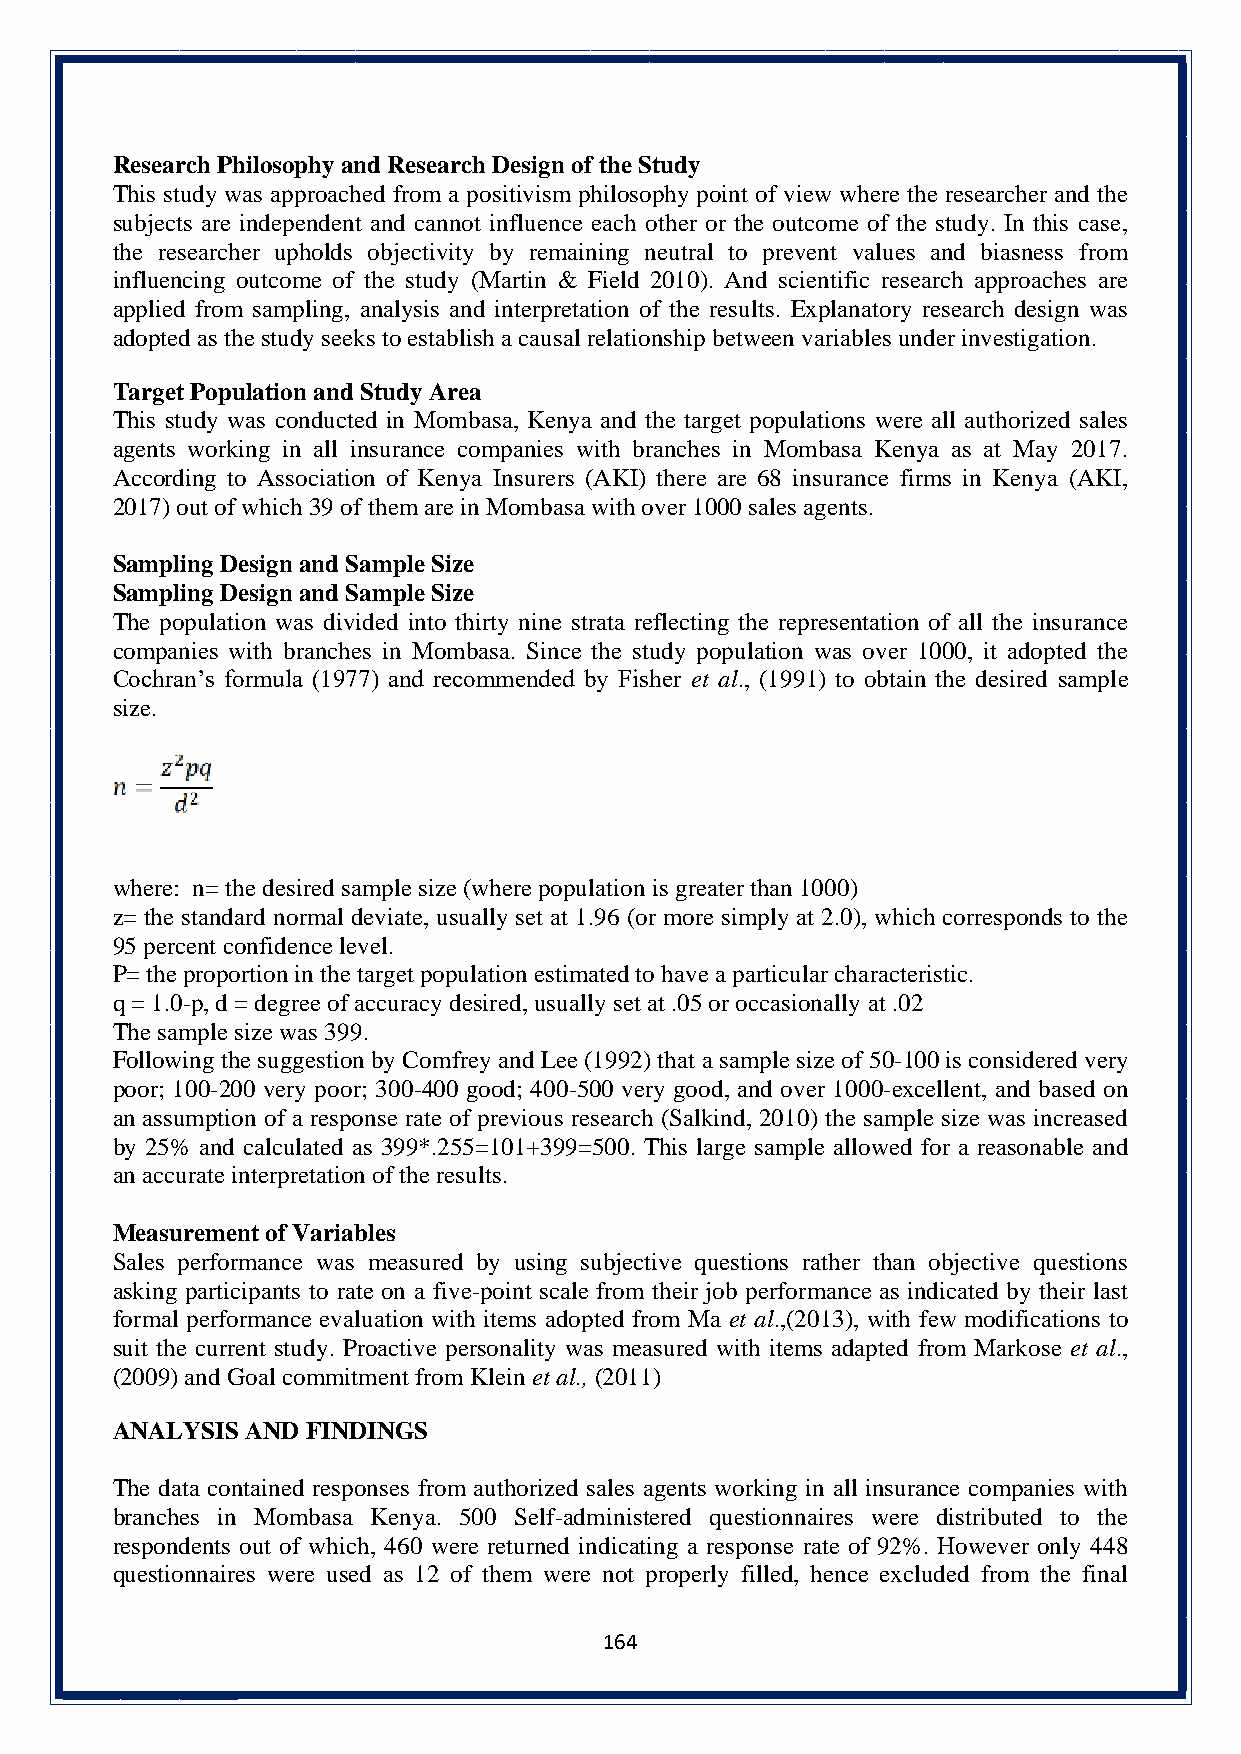
Research Philosophy and Research Design of the Study
 This study was approached from a positivism philosophy point of view where the researcher and the
 subjects are independent and cannot influence each other or the outcome of the study. In this case,
 the researcher upholds objectivity by remaining neutral to prevent values and biasness from
 influencing outcome of the study (Martin & Field 2010). And scientific research approaches are
 applied from sampling, analysis and interpretation of the results. Explanatory research design was
 adopted as the study seeks to establish a causal relationship between variables under investigation.
 Target Population and Study Area
 This study was conducted in Mombasa, Kenya and the target populations were all authorized sales
 agents working in all insurance companies with branches in Mombasa Kenya as at May 2017.
 According to Association of Kenya Insurers (AKI) there are 68 insurance firms in Kenya (AKI,
 2017) out of which 39 of them are in Mombasa with over 1000 sales agents.
 Sampling Design and Sample Size
 Sampling Design and Sample Size
 The population was divided into thirty nine strata reflecting the representation of all the insurance
 companies with branches in Mombasa. Since the study population was over 1000, it adopted the
 Cochran’s formula (1977) and recommended by Fisher et al., (1991) to obtain the desired sample
 size.
 where: n= the desired sample size (where population is greater than 1000)
 z= the standard normal deviate, usually set at 1.96 (or more simply at 2.0), which corresponds to the
 95 percent confidence level.
 P= the proportion in the target population estimated to have a particular characteristic.
 q = 1.0-p, d = degree of accuracy desired, usually set at .05 or occasionally at .02
 The sample size was 399.
 Following the suggestion by Comfrey and Lee (1992) that a sample size of 50-100 is considered very
 poor; 100-200 very poor; 300-400 good; 400-500 very good, and over 1000-excellent, and based on
 an assumption of a response rate of previous research (Salkind, 2010) the sample size was increased
 by 25% and calculated as 399*.255=101+399=500. This large sample allowed for a reasonable and
 an accurate interpretation of the results.
 Measurement of Variables
 Sales performance was measured by using subjective questions rather than objective questions
 asking participants to rate on a five-point scale from their job performance as indicated by their last
 formal performance evaluation with items adopted from Ma et al.,(2013), with few modifications to
 suit the current study. Proactive personality was measured with items adapted from Markose et al.,
 (2009) and Goal commitment from Klein et al., (2011)
 ANALYSIS AND FINDINGS
 The data contained responses from authorized sales agents working in all insurance companies with
 branches in Mombasa Kenya. 500 Self-administered questionnaires were distributed to the
 respondents out of which, 460 were returned indicating a response rate of 92%. However only 448
 questionnaires were used as 12 of them were not properly filled, hence excluded from the final
 164